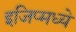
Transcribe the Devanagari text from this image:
इजिप्मध्ये